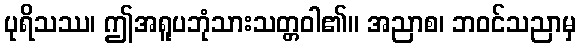
ပုရိသဿ၊ ဤအရူပဘုံသားသတ္တဝါ၏။ အညာစ၊ ဘဝင်သညာမှ